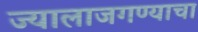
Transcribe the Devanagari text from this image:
ज्यालाजगण्याचा